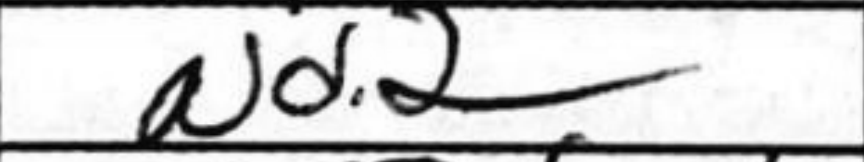
Transcription: Nd2